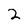
Character: 2